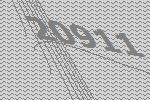
20911